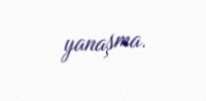
yanaşma.